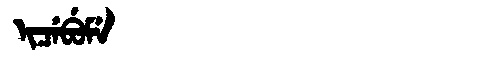
Manchu: ᡳᠴᡝᠪᡠᠮᡝ
Romanization: ICEBUME